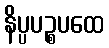
နိပ္ပပဉ္စပထေ